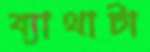
ব্যাথাটা